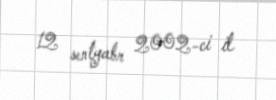
12 sentyabr 2002-ci il